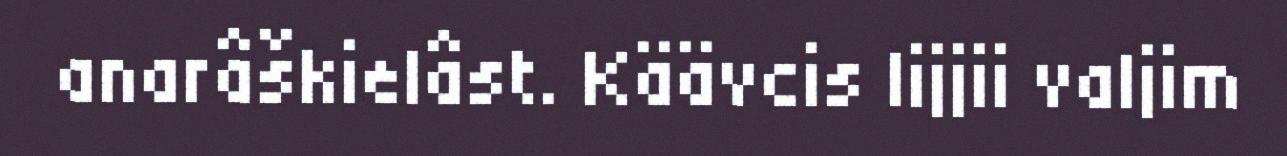
anarâškielâst. Käävcis lijjii valjim